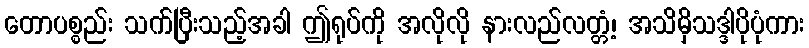
တောပစ္စည်း သက်ပြီးသည့်အခါ ဤရုပ်ကို အလိုလို နားလည်လတ္တံ့၊ အသိမှိသဒ္ဒါပိုပုံကား